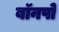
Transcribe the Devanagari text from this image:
बॉनपो